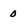
Character: 0